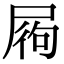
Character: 𡱺